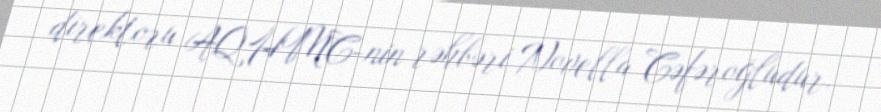
direktoru AQHMC-nin rəhbəri Novella Cəfəroğludur.